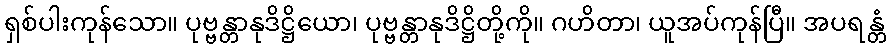
ရှစ်ပါးကုန်သော။ ပုဗ္ဗန္တာနုဒိဋ္ဌိယော၊ ပုဗ္ဗန္တာနုဒိဋ္ဌိတို့ကို။ ဂဟိတာ၊ ယူအပ်ကုန်ပြီ။ အပရန္တံ